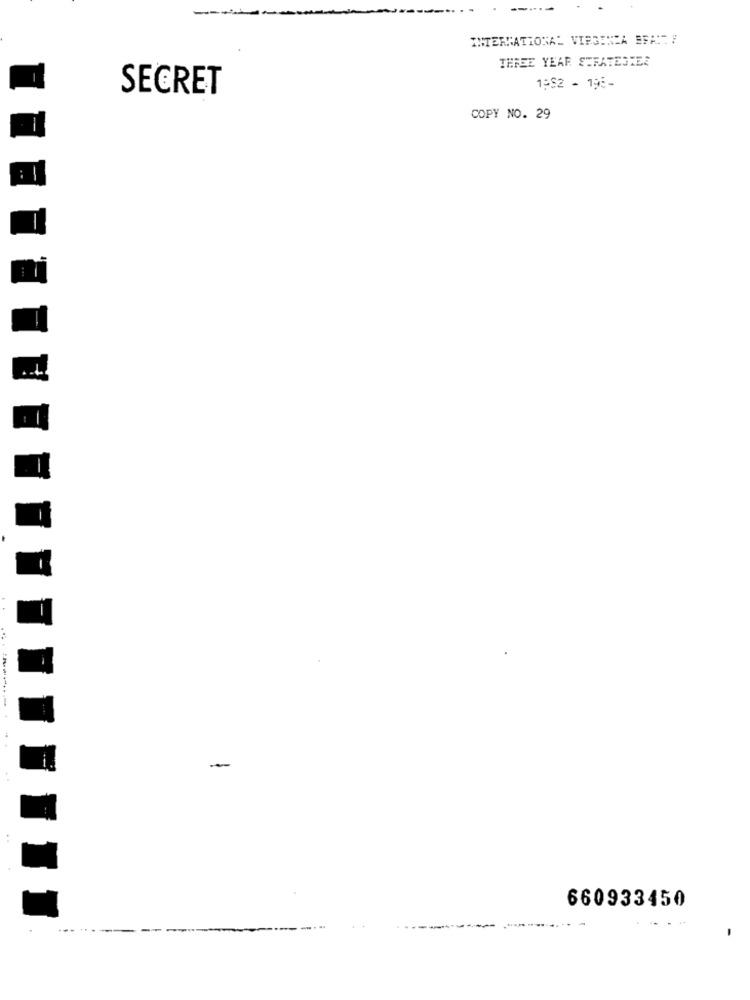
INTERNATIONAL VIRGENZA EFAN Y
THREE YEAR STRATEGIER
SECRET
1952 - 195-
COPY NO. 29
-
660933450